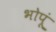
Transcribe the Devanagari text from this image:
भोपूं